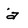
Character: a